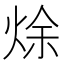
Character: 𰞩